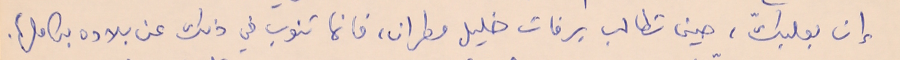
إن بعلبكّ، حين تطالب برفات خليل مطران، فانما تنوب في ذلك عن بلاده بكاملها.